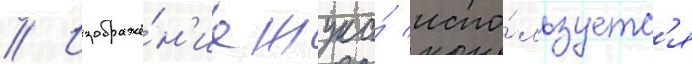
// Изображе́н'ие жука́ испо́льзуетс'я